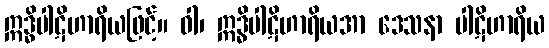
ဣဒ္ဓိပါဋိဟာရိယဖြင့်။ ဝါ၊ ဣဒ္ဓိပါဋိဟာရိယအာ ဒေသနာ ပါဋိဟာရိယ